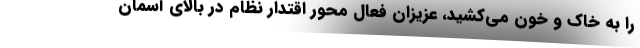
را به خاک و خون می‌کشید، عزیزان فعال محور اقتدار نظام در بالای آسمان